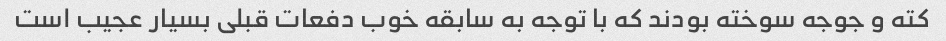
کته و جوجه سوخته بودند که با توجه به سابقه خوب دفعات قبلی بسیار عجیب است